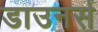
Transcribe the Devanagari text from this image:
डाउनर्स